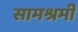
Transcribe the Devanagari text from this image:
सामश्रमी